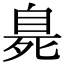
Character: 臰